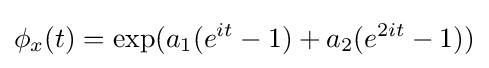
\phi _{x}(t)=\exp(a_{1}(e^{it}-1)+a_{2}(e^{2it}-1))